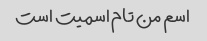
اسم من تام اسمیت است